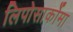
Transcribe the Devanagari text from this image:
लिपोसार्कोमा